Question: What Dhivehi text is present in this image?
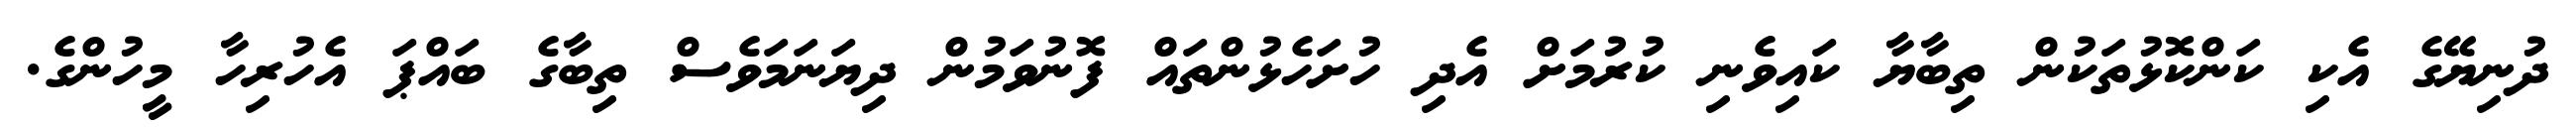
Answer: ދުނިޔޭގެ އެކި ކަންކޮޅުތަކުން ތިބާޔާ ކައިވެނި ކުރުމަށް އެދި ހުށަހެޅުންތައް ފޮނުވަމުން ދިޔަނަމަވެސް ތިބާގެ ބައްޕަ އެހުރިހާ މީހުންގެ.